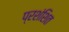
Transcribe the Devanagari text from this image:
प्रशंशित